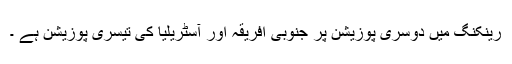
رینکنگ میں دوسری پوزیشن پر جنوبی افریقہ اور آسٹریلیا کی تیسری پوزیشن ہے ۔